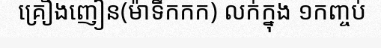
គ្រឿងញៀន(ម៉ាទឹកកក) លក់ក្នុង ១កញ្ចប់